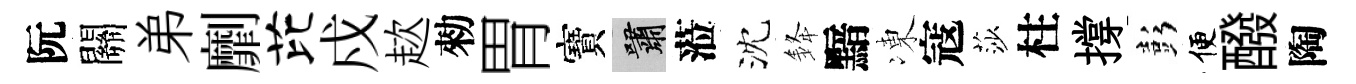
阮關弟劘芘戍趑勑胃寶嘯蒞沈𨦟黯凍寇莎柱撐彭便醱陶